Calcutta medical institutions reports 1871-78
Year: 1871
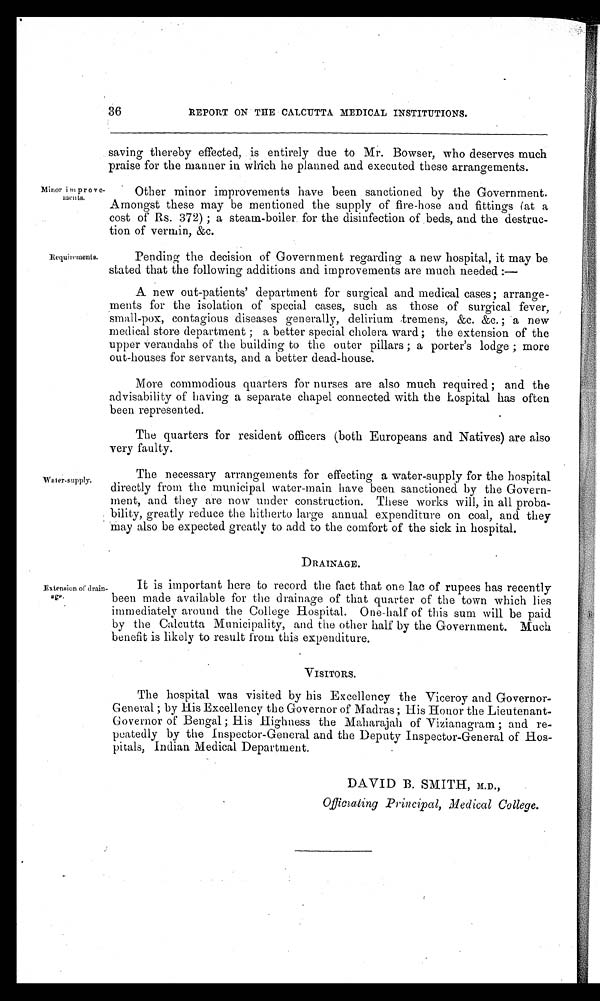
36
REPORT ON THE CALCUTTA MEDICAL INSTITUTIONS.
Minor improve-
m e n t s .
Requirements.
Water-supply.
saving thereby effected, is entirely due to Mr. Bowser, who deserves much
praise for the manner in which he planned and executed these arrangements.
Other minor improvements have been sanctioned by the Government.
Amongst these may be mentioned the supply of fire-hose and fittings (at a
cost of Rs. 372) ; a steam-boiler for the disinfection of beds, and the destruc-
tion of vermin, &c.
Pending the decision of Government regarding a new hospital, it may be
stated that the following additions and improvements are much needed :—
A new out-patients' department for surgical and medical cases; arrange-
ments for the isolation of special cases, such as those of surgical fever,
small-pox, contagious diseases generally, delirium tremens, &c. &c.; a new
medical store department ; a better special cholera ward ; the extension of the
upper verandahs of the building to the outer pillars ; a porter's lodge ; more
out-houses for servants, and a better dead-house.
More commodious quarters for nurses are also much required ; and the
advisability of having a separate chapel connected with the hospital has often
been represented.
The quarters for resident officers (both Europeans and Natives) are also
very faulty.
The necessary arrangements for effecting a water-supply for the hospital
directly from the municipal water-main have been sanctioned by the Govern-
ment, and they are now under construction. These works will, in all proba
bility, greatly reduce the hitherto large annual expenditure on coal, and they
may also be expected greatly to add to the comfort of the sick in hospital.
Extension of drain-
age.
DRAINAGE.
It is important here to record the fact that one lac of rupees has recently
been made available for the drainage of that quarter of the town which lies
immediately around the College Hospital. One-half of this sum will be paid
by the Calcutta Municipality, and the other half by the Government. Much
benefit is likely to result from this expenditure.
VISITORS.
The hospital was visited by his Excellency the Viceroy and Governor-
General ; by His Excellency the Governor of Madras ; His Honor the Lieutenant-
Governor of Bengal ; His Highness the Maharajah of Vizianagram ; and re-
peatedly by the Inspector-General and the Deputy Inspector-General of Hos-
pitals, Indian Medical Department.
DAVID B. SMITH, M.D.,
O f f i c i a t i n g P r i n c i p a l , M e d i c a l C o l l e g e .